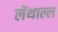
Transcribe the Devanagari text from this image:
लेंथाल्ल